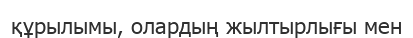
құрылымы, олардың жылтырлығы мен